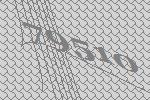
79510